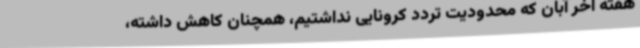
هفته آخر آبان که محدودیت تردد کرونایی نداشتیم، همچنان کاهش داشته،